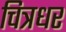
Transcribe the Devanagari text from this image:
चित्रधर